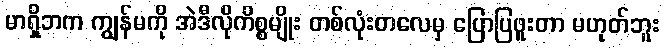
မာရှိဘက ကျွန်မကို အဲဒီလိုကိစ္စမျိုး တစ်လုံးတလေမှ ပြောပြဖူးတာ မဟုတ်ဘူး